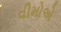
વીમોએ